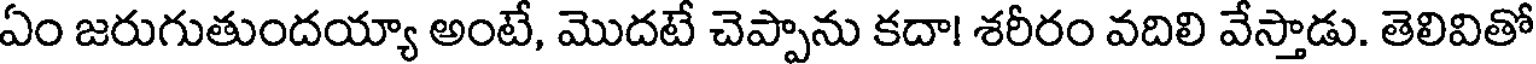
ఏం జరుగుతుందయ్యా అంటే, మొదటే చెప్పాను కదా! శరీరం వదిలి వేస్తాడు. తెలివితో